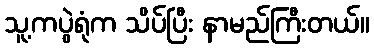
သူ့ကပွဲရုံက သိပ်ပြီး နာမည်ကြီးတယ်။